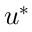
\boldsymbol { u } ^ { * }